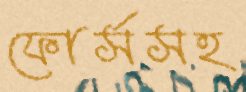
ফোর্সসহ